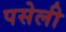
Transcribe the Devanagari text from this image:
पसेली